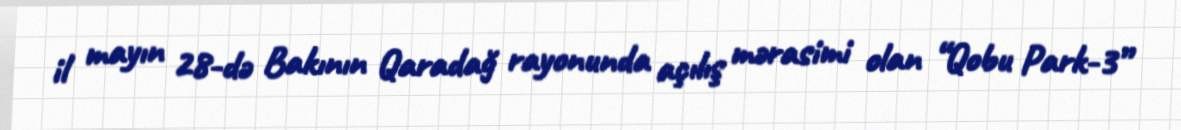
il mayın 28-də Bakının Qaradağ rayonunda açılış mərasimi olan “Qobu Park-3”